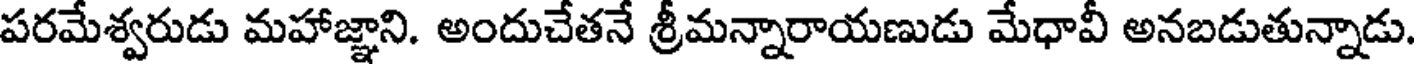
పరమేశ్వరుడు మహాజ్ఞాని. అందుచేతనే శ్రీమన్నారాయణుడు మేధావీ అనబడుతున్నాడు